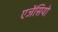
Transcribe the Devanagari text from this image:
एजेंसियो